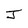
Character: J